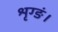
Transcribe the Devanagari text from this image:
श्रृग्ङं।